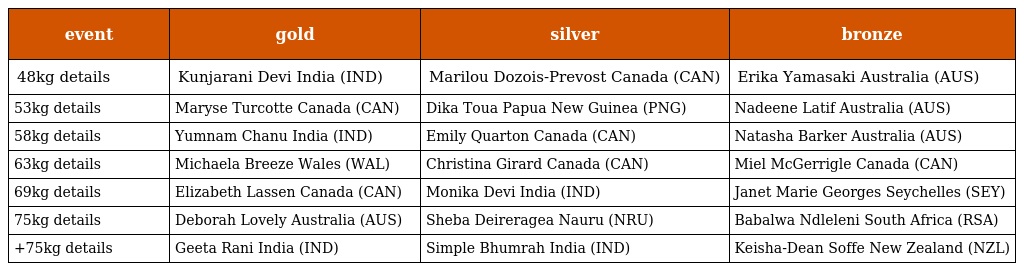
| event | gold | silver | bronze |
 | --- | --- | --- | --- |
 | 48kg details | Kunjarani Devi India (IND) | Marilou Dozois-Prevost Canada (CAN) | Erika Yamasaki Australia (AUS) |
 | 53kg details | Maryse Turcotte Canada (CAN) | Dika Toua Papua New Guinea (PNG) | Nadeene Latif Australia (AUS) |
 | 58kg details | Yumnam Chanu India (IND) | Emily Quarton Canada (CAN) | Natasha Barker Australia (AUS) |
 | 63kg details | Michaela Breeze Wales (WAL) | Christina Girard Canada (CAN) | Miel McGerrigle Canada (CAN) |
 | 69kg details | Elizabeth Lassen Canada (CAN) | Monika Devi India (IND) | Janet Marie Georges Seychelles (SEY) |
 | 75kg details | Deborah Lovely Australia (AUS) | Sheba Deireragea Nauru (NRU) | Babalwa Ndleleni South Africa (RSA) |
 | +75kg details | Geeta Rani India (IND) | Simple Bhumrah India (IND) | Keisha-Dean Soffe New Zealand (NZL) |